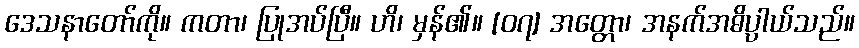
ဒေသနာတော်ကို။ ကတာ၊ ပြုအပ်ပြီ။ ဟိ၊ မှန်၏။ [၀၇] အတ္တော၊ အနက်အဓိပ္ပါယ်သည်။